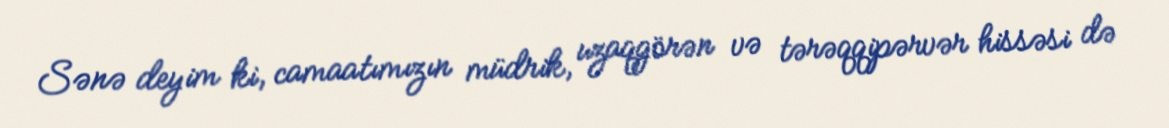
Sənə deyim ki, camaatımızın müdrik, uzaqgörən və tərəqqipərvər hissəsi də